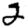
Digit: 2